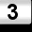
Digit: 3